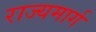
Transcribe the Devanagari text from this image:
राज्‍यमार्ग